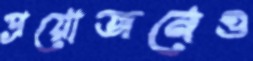
প্রয়োজনেও